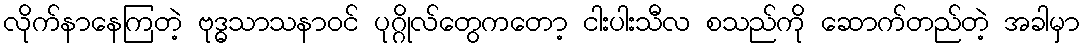
လိုက်နာနေကြတဲ့ ဗုဒ္ဓသာသနာဝင် ပုဂ္ဂိုလ်တွေကတော့ ငါးပါးသီလ စသည်ကို ဆောက်တည်တဲ့ အခါမှာ